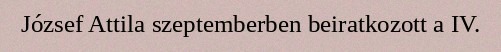
József Attila szeptemberben beiratkozott a IV.